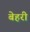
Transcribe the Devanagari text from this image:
बेहरी